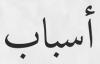
أسباب